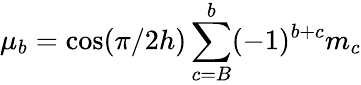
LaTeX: \mu_{b}=\cos(\pi/2h)\sum_{c=B}^{b}(-1)^{b+c}m_{c}